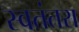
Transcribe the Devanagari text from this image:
स्वतंतरा